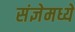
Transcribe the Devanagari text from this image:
संज्ञेमध्ये